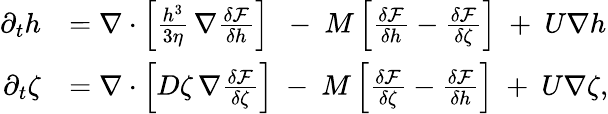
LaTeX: \begin{array}{rl}{\partial_{t}h}&{=\nabla\cdot\left[\frac{h^{3}}{3\eta}\, \nabla\frac{\delta\mathcal{F}}{\delta h}\right]\ \ -\ M\left[\frac{\delta\mathcal{F}}{\delta h}-\frac{\delta\mathcal{F}}{\delta\zeta}\right]\ +\ U\nabla h}\\ {\partial_{t}\zeta}&{=\nabla\cdot\left[D\zeta\, \nabla\frac{\delta\mathcal{F}}{\delta\zeta}\right]\ -\ M\left[\frac{\delta\mathcal{F}}{\delta\zeta}-\frac{\delta\mathcal{F}}{\delta h}\right]\ +\ U\nabla\zeta,}\end{array}